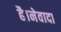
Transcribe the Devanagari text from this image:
है।नेवादा